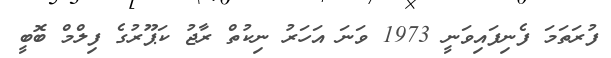
ފުރަތަމަ ފެނިފައިވަނީ 1973 ވަނަ އަހަރު ނިކުތް ރާޖު ކަޕޫރުގެ ފިލްމް ބޮބީ